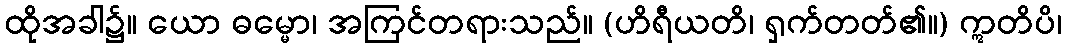
ထိုအခါ၌။ ယော ဓမ္မော၊ အကြင်တရားသည်။ (ဟိရီယတိ၊ ရှက်တတ်၏။) ဣတိပိ၊